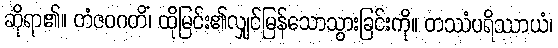
ဆိုရာ၏။ တံဇဝဂတိံ၊ ထိုမြင်း၏လျှင်မြန်သောသွားခြင်းကို။ တဿံပရိဿာယံ၊